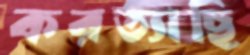
করত্যাছি